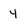
Character: 4